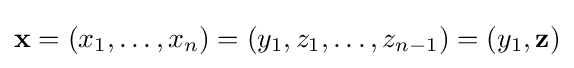
\mathbf {x} =(x_{1},\dots ,x_{n})=(y_{1},z_{1},\dots ,z_{n-1})=(y_{1},\mathbf {z} )